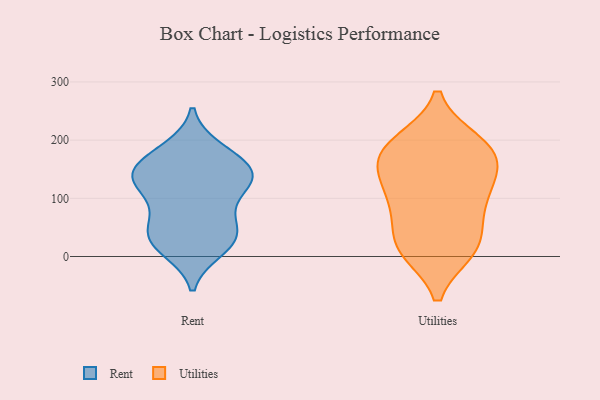
{"axis": {"x": "Temperature (°C)", "y": "Value"}, "legend": ["Rent", "Utilities"], "data": [{"x": "", "y": 122, "type": "Rent"}, {"x": "", "y": 27, "type": "Rent"}, {"x": "", "y": 166, "type": "Rent"}, {"x": "", "y": 186, "type": "Rent"}, {"x": "", "y": 11, "type": "Rent"}, {"x": "", "y": 133, "type": "Rent"}, {"x": "", "y": 10, "type": "Rent"}, {"x": "", "y": 120, "type": "Rent"}, {"x": "", "y": 76, "type": "Rent"}, {"x": "", "y": 149, "type": "Rent"}, {"x": "", "y": 133, "type": "Rent"}, {"x": "", "y": 152, "type": "Rent"}, {"x": "", "y": 144, "type": "Rent"}, {"x": "", "y": 52, "type": "Rent"}, {"x": "", "y": 186, "type": "Rent"}, {"x": "", "y": 93, "type": "Rent"}, {"x": "", "y": 138, "type": "Rent"}, {"x": "", "y": 30, "type": "Rent"}, {"x": "", "y": 49, "type": "Rent"}, {"x": "", "y": 40, "type": "Rent"}, {"x": "", "y": 17, "type": "Utilities"}, {"x": "", "y": 18, "type": "Utilities"}, {"x": "", "y": 15, "type": "Utilities"}, {"x": "", "y": 73, "type": "Utilities"}, {"x": "", "y": 193, "type": "Utilities"}, {"x": "", "y": 11, "type": "Utilities"}, {"x": "", "y": 95, "type": "Utilities"}, {"x": "", "y": 162, "type": "Utilities"}, {"x": "", "y": 126, "type": "Utilities"}, {"x": "", "y": 189, "type": "Utilities"}, {"x": "", "y": 197, "type": "Utilities"}, {"x": "", "y": 85, "type": "Utilities"}, {"x": "", "y": 133, "type": "Utilities"}, {"x": "", "y": 152, "type": "Utilities"}, {"x": "", "y": 179, "type": "Utilities"}]}